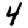
Digit: 4